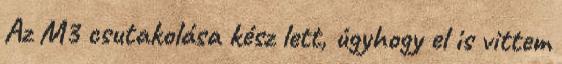
Az M3 csutakolása kész lett, úgyhogy el is vittem